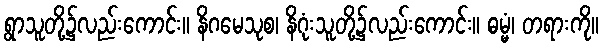
ရွာသူတို့၌လည်းကောင်း။ နိဂမေသုစ၊ နိဂုံးသူတို့၌လည်းကောင်း။ ဓမ္မံ၊ တရားကို။